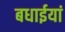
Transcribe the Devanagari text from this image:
बधाईयां